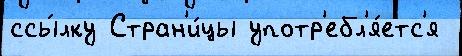
ссы́лку Стран'и́цы употр'ебл'я́етс'я